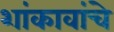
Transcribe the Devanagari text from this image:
शांकावांचे